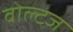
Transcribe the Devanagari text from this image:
वोल्टज